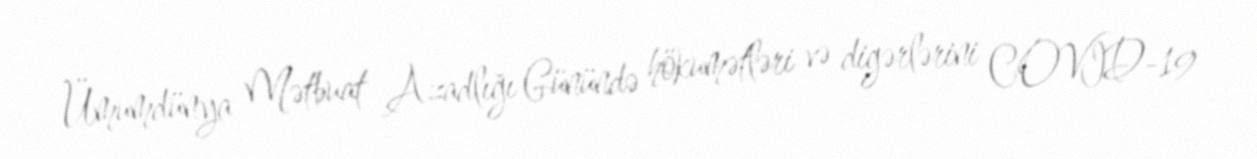
Ümumdünya Mətbuat Azadlığı Günündə hökumətləri və digərlərini COVID-19